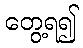
တွေ့ရ၍